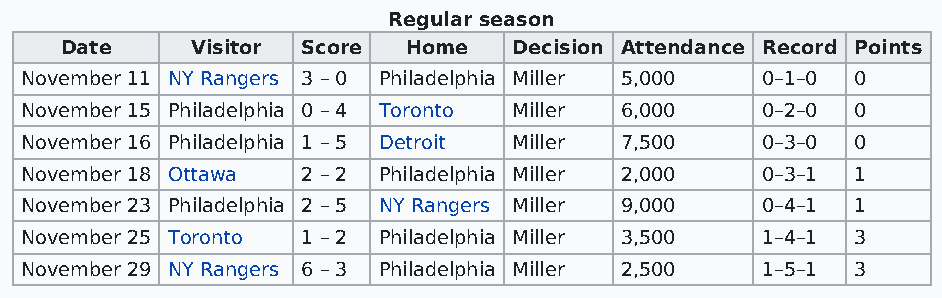
Regular season
 Date     Visitor Score Home   Decision Attendance Record Points
 November 11 NY Rangers 3 – 0 Philadelphia Miller 5,000 0–1–0 0
 November 15 Philadelphia 0 – 4 Toronto Miller 6,000 0–2–0 0
 November 16 Philadelphia 1 – 5 Detroit Miller 7,500 0–3–0 0
 November 18 Ottawa 2 – 2 Philadelphia Miller 2,000 0–3–1 1
 November 23 Philadelphia 2 – 5 NY Rangers Miller 9,000 0–4–1 1
 November 25 Toronto 1 – 2 Philadelphia Miller 3,500 1–4–1 3
 November 29 NY Rangers 6 – 3 Philadelphia Miller 2,500 1–5–1 3